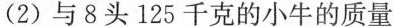
(2)与8头125千克的小牛的质量